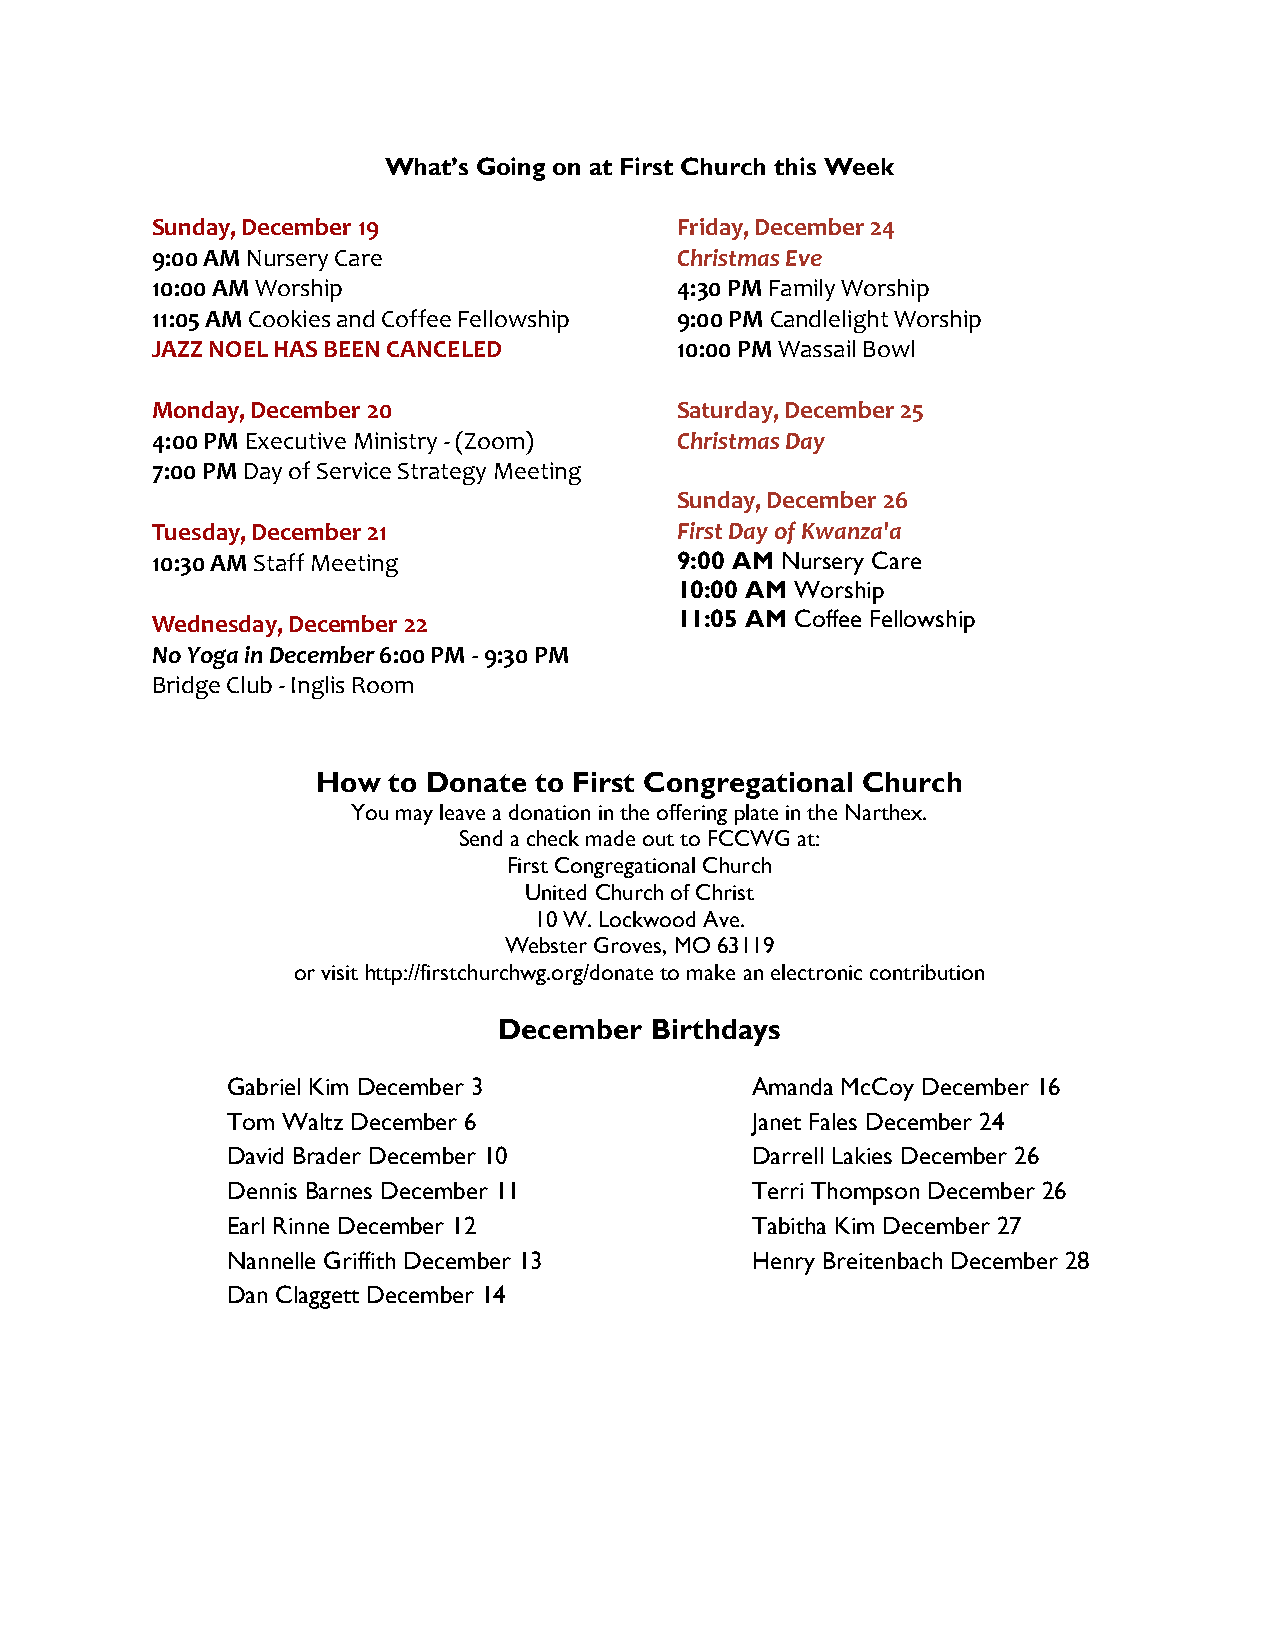
What’s Going on at First Church this Week
 Sunday, December 19                Friday, December 24
 9:00 AM Nursery Care               Christmas Eve
 10:00 AM Worship                   4:30 PM Family Worship
 11:05 AM Cookies and Coffee Fellowship 9:00 PM Candlelight Worship
 JAZZ NOEL HAS BEEN CANCELED        10:00 PM Wassail Bowl
 Monday, December 20                Saturday, December 25
 4:00 PM Executive Ministry - (Zoom) Christmas Day
 7:00 PM Day of Service Strategy Meeting
 Sunday, December 26
 Tuesday, December 21               First Day of Kwanza'a
 10:30 AM Staff Meeting             9:00 AM Nursery Care
 10:00 AM Worship
 Wednesday, December 22             11:05 AM Coffee Fellowship
 No Yoga in December 6:00 PM - 9:30 PM
 Bridge Club - Inglis Room
 How  to Donate to First Congregational Church
 You may leave a donation in the offering plate in the Narthex.
 Send a check made out to FCCWG at:
 First Congregational Church
 United Church of Christ
 10 W. Lockwood Ave.
 Webster Groves, MO 63119
 or visit http://firstchurchwg.org/donate to make an electronic contribution
 December  Birthdays
 Gabriel Kim December 3             Amanda McCoy December 16
 Tom Waltz December 6               Janet Fales December 24
 David Brader December 10           Darrell Lakies December 26
 Dennis Barnes December 11          Terri Thompson December 26
 Earl Rinne December 12             Tabitha Kim December 27
 Nannelle Griffith December 13      Henry Breitenbach December 28
 Dan Claggett December 14